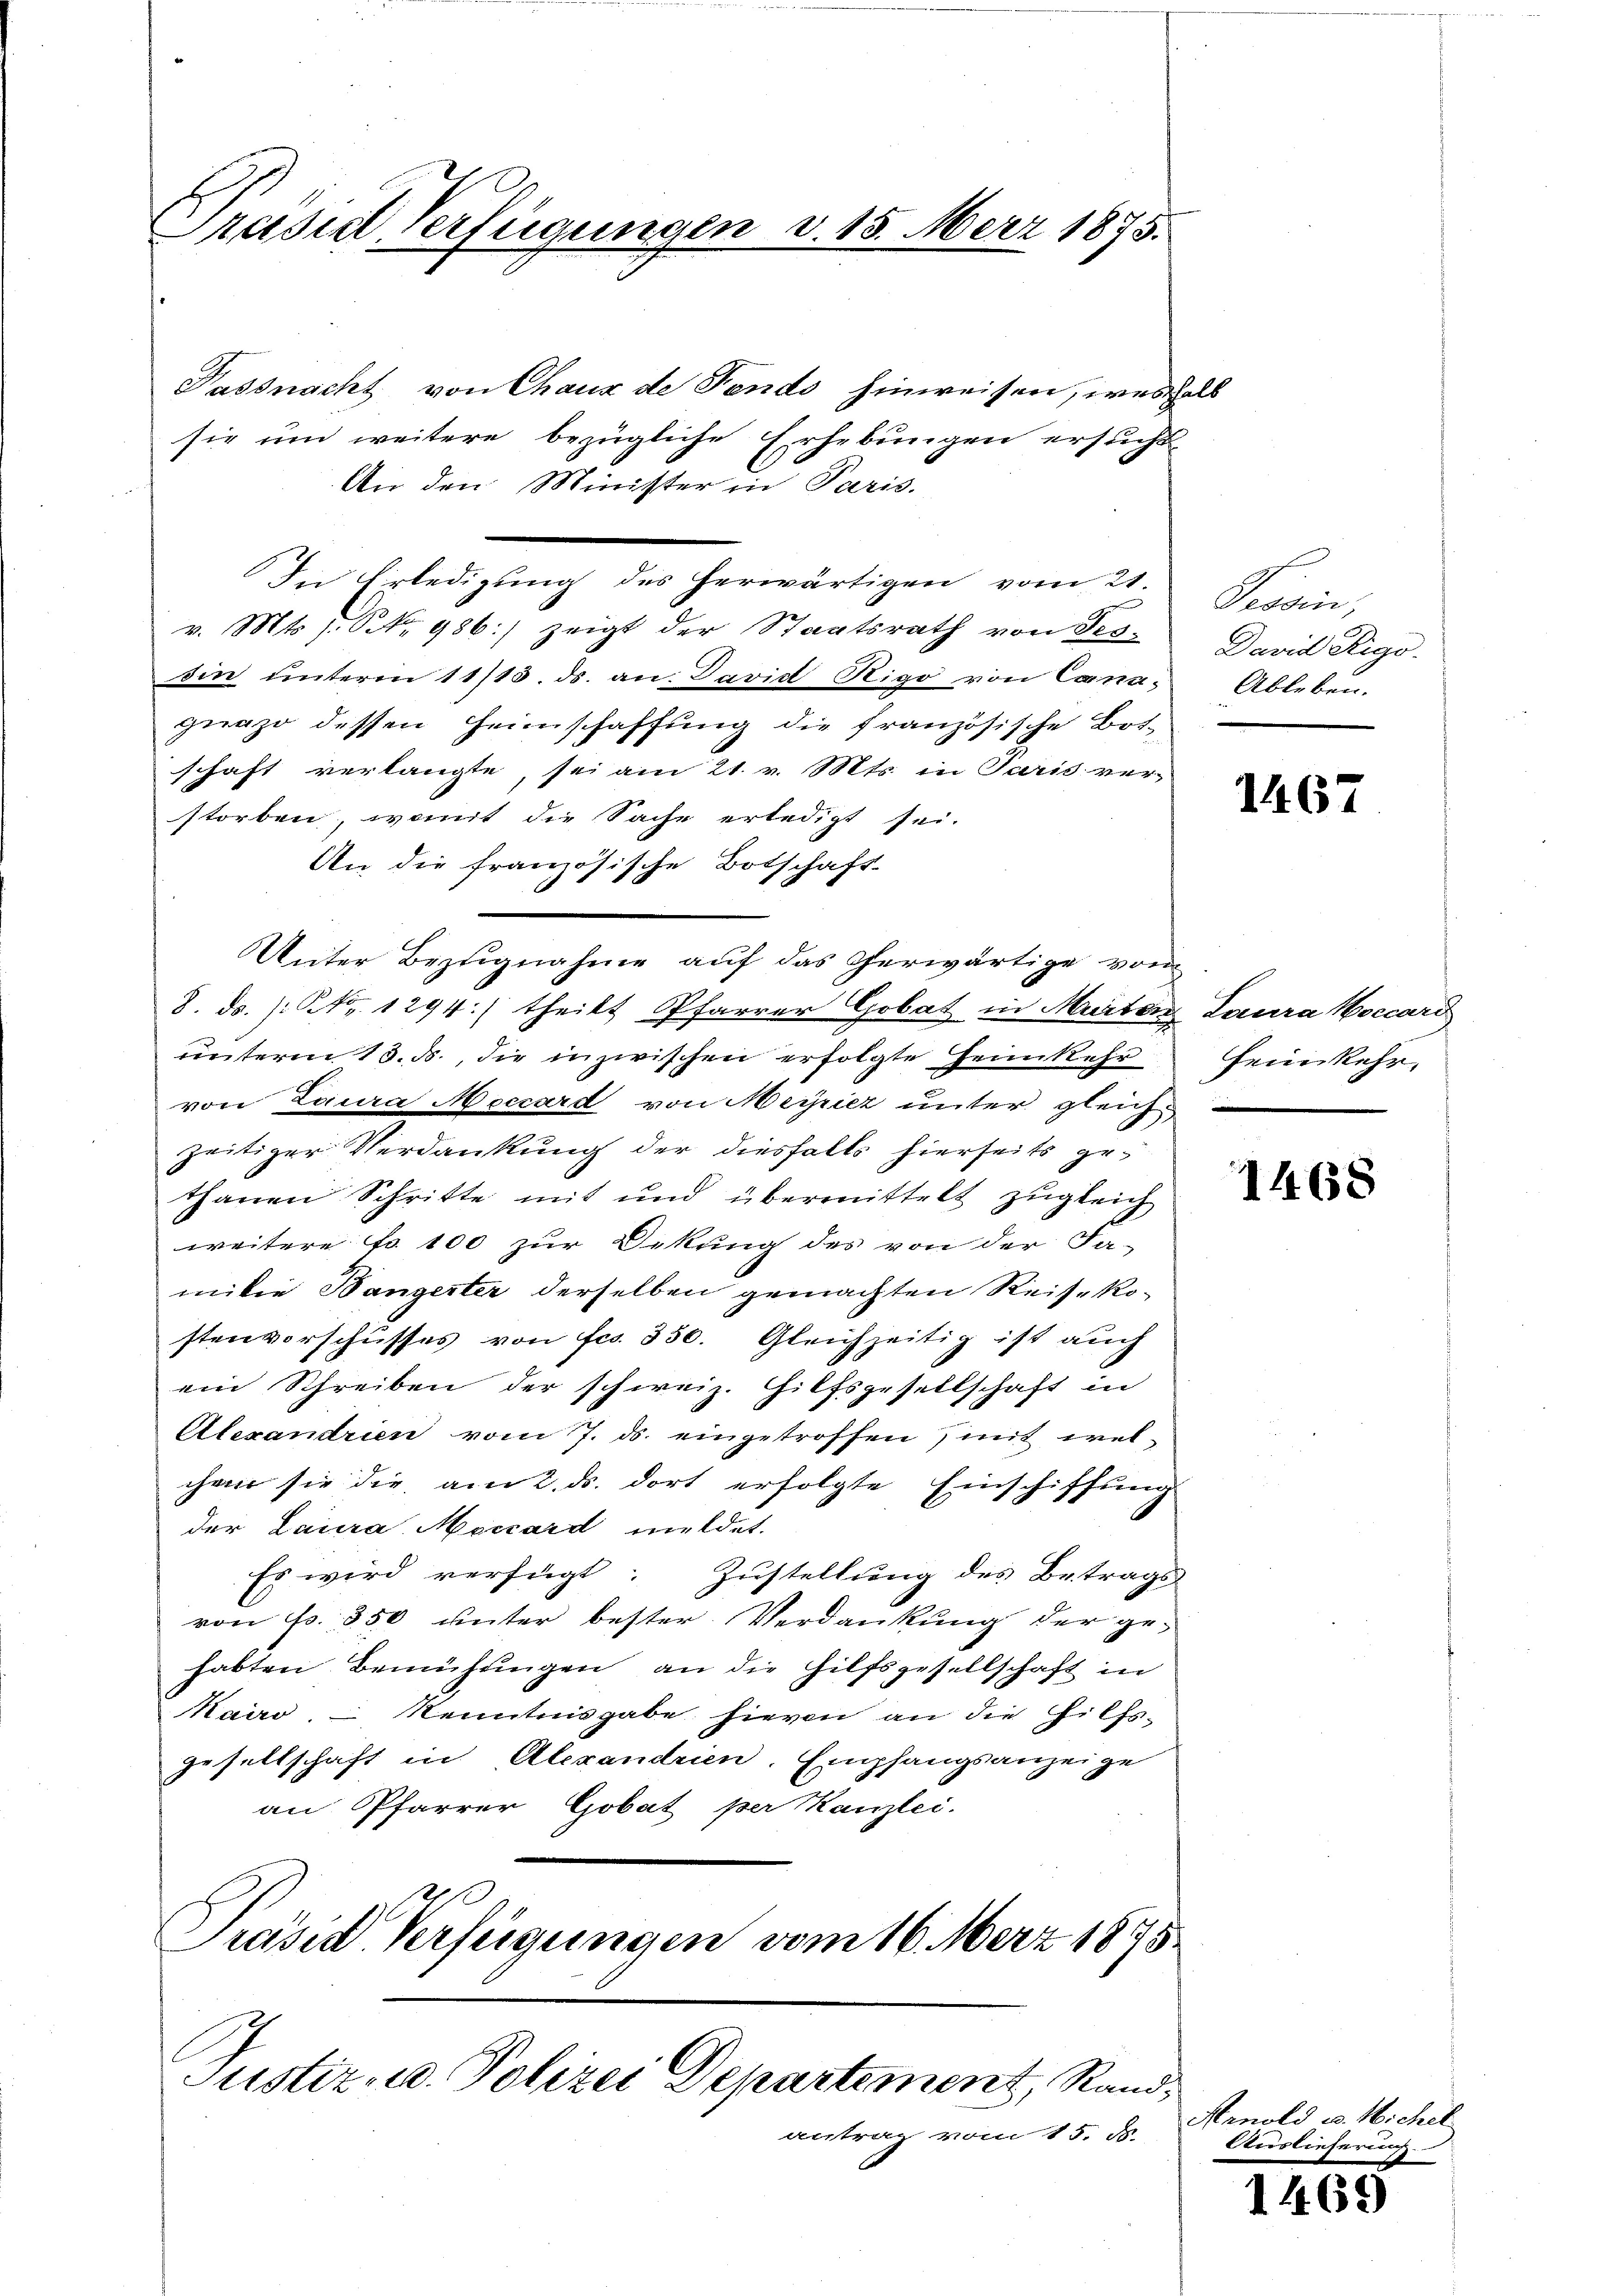
Prasis, Verfügungen v. 15. März 1875.

Justiz u. Polizei Departement, Rand¬

Passnacht von Chaux de Fends hinweisen, weshalb
sie um weitere bezügliche Erhebungen ersucht
An den Minister in Paris.
In Erledigung des herwärtigen vom 21.
v. Mts., Nr. 986:) zeigt der Staatsrath von Tes-
sin ŭnterm 11/13. ds. an: David Rigo von Canageazo dessen Heimschaffung die französische Botschaft verlangte, sei am 21. v. Mts. in Paris ver-
storben, womit die Sache erledigt sei.
An die französische Botschaft
Unter Bezugnahme auf das Cherwärtige von
8. ds. /: Nr. 1294:) theilt Pfarrer Gobat in Murter Laura occard
unterm 13. ds., die inzwischen erfolgte Heimkehr
von Laura Meccard von Meyriez unter gleichzeitiger Verdankung der diesfalls hierseits gethanen Schritte mit und übermittelt zŭgleich
weitere Fr. 100 zur Dekung des von der Fa-
milie Bangerter derselben gemachten Reisekostenvorschusses von Fco. 350. Gleichzeitig ist auch
ein Schreiben der schweiz. Hilfsgesellschaft in
Alexandrien vom 7. ds. eingetroffen, mit evelchen sie die am 2. ds. dort erfolgte Einschiffung
der Laura Moccard meldet.
Es wird verfügt: Zustellung des Betrags
von Fr. 350 unter bester Verdankung der gehabten Bemühungen an die Hilfsgesellschaft in
Kairo, Kenntnisgabe hievon an die Hilfs-
gesellschaft in Alexandrien. Empfangsanzeige
an Pfarrer Gobat per Kanzlei.
Präsid Verfügungen vom 16. Merz 1875.

antrag vom 15. ds.

Tessin,
David Rigo
Ableben.

1467

heimkehr.

1468

Arnold u. Michel
Auslieferung.

1469